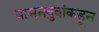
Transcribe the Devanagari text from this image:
वामनबुवांकडून